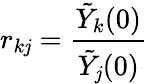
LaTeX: r_{k\mathit{j}}=\frac{{\tilde{{Y}}_{k}(0)}}{{\tilde{{Y}}_{\mathit{j}}(0)}}